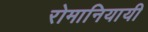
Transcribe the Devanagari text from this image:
रोमानियायी